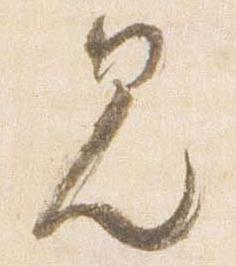
見